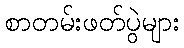
စာတမ်းဖတ်ပွဲများ